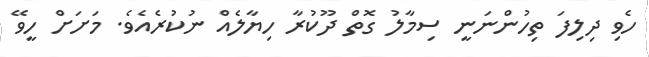
ހެވި ދިލިފަ ތިހުންނަނީ ސިމާލު ގޮތް ދޫކުރާ ހިޔާލެއް ނުކުރެއެވެ. މަށަށް ހީވޭ